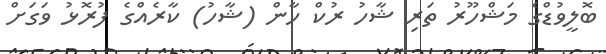
ބޮލީވުޑްގެ މަޝްހޫރު ތަރި ޝާހު ރުކް ހާން (ޝާހު) ކާރެއްގެ ފުރޮޅު ވަގަށް